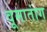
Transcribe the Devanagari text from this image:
वूमातांग